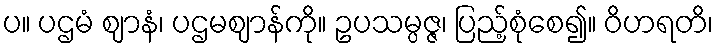
ပ။ ပဌမံ ဈာနံ၊ ပဌမဈာန်ကို။ ဥပသမ္ပဇ္ဇ၊ ပြည့်စုံစေ၍။ ဝိဟရတိ၊